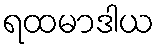
ရထမာဒါယ